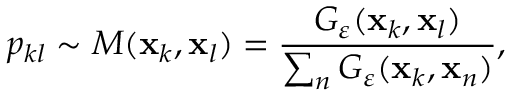
p _ { k l } \sim M ( \mathbf { x } _ { k } , \mathbf { x } _ { l } ) = \frac { G _ { \varepsilon } ( \mathbf { x } _ { k } , \mathbf { x } _ { l } ) } { \sum _ { n } G _ { \varepsilon } ( \mathbf { x } _ { k } , \mathbf { x } _ { n } ) } ,